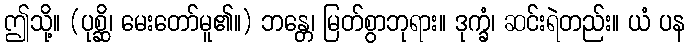
ဤသို့။ (ပုစ္ဆိ၊ မေးတော်မူ၏။) ဘန္တေ၊ မြတ်စွာဘုရား။ ဒုက္ခံ၊ ဆင်းရဲတည်း။ ယံ ပန